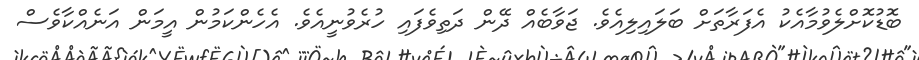
ބޮޑުކޮށްލެވުމާއެކު އެފަރާތަށް ބަލައިލިއެވެ. ޖަވާބެއް ދޭން ދަތިވެފައި ހުރެވުނީއެވެ. އެހެންކަމުން އީމަން އަނެއްކާވެސް